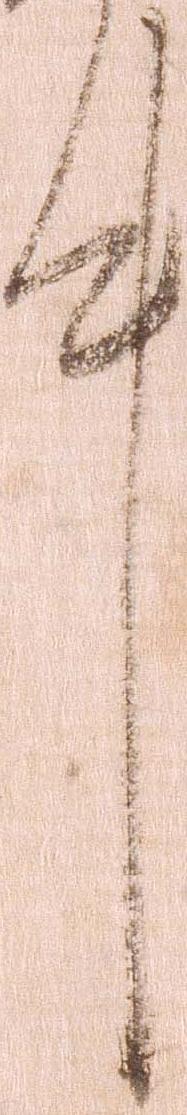
件